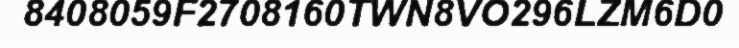
8408059F2708160TWN8VO296LZM6D0